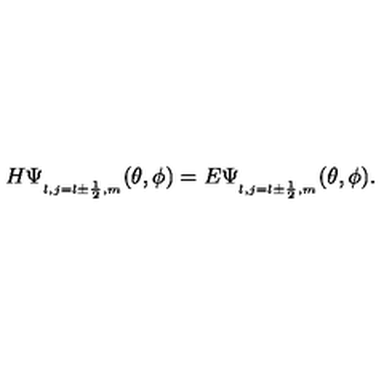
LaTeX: H \Psi _ { _ { l , j = l \pm \frac { 1 } { 2 } , m } } ( \theta , \phi ) = E \Psi _ { _ { l , j = l \pm \frac { 1 } { 2 } , m } } ( \theta , \phi ) .